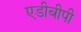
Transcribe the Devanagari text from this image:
एडीबीपी